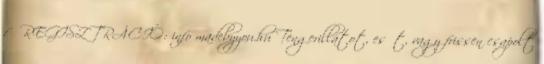
fő REGISZTRÁCIÓ: info madebyyou.hu Tengerillatot, esőt, vagy frissen csapolt